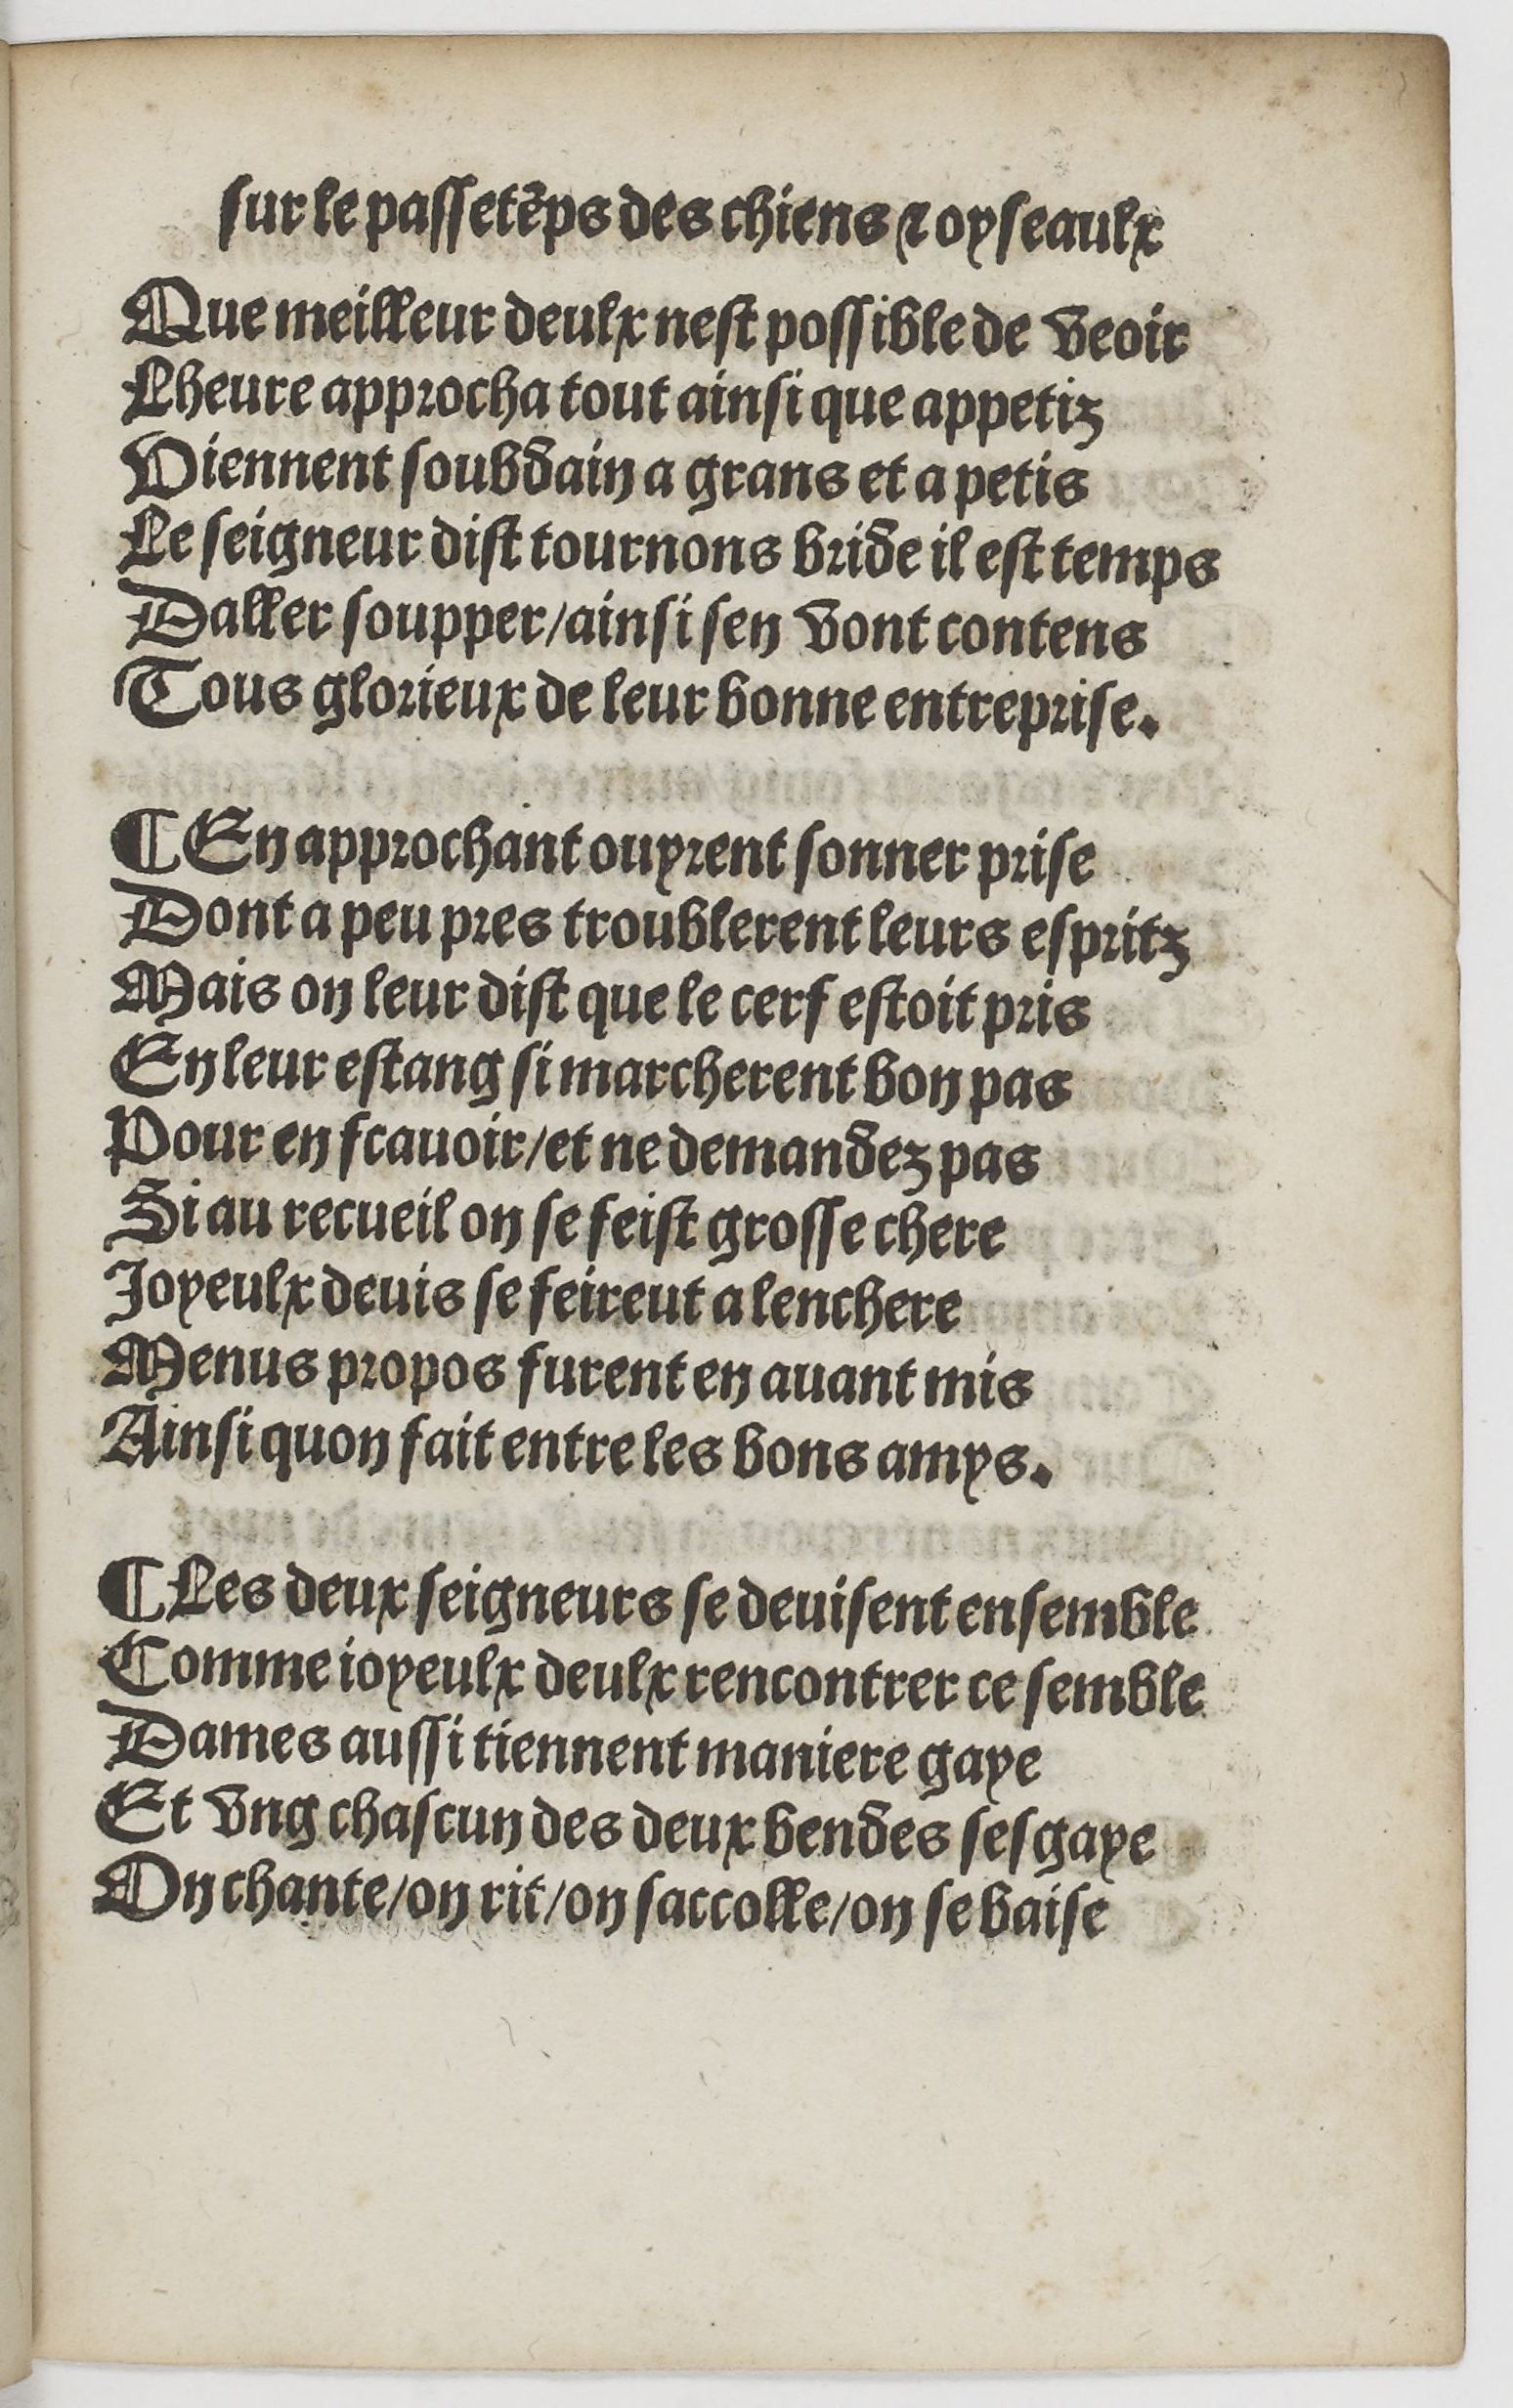
Shelfmark: Paris, BnF, Rés. YE-1395
Century: 16